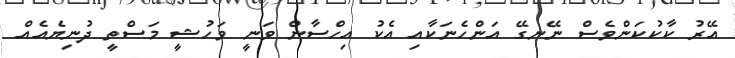
އޭރު ކާކުކަންވެސް ނޭނގޭ އަންހެނަކާއި އެކު އިހްސާން ވަނީ ވަހުޝީ މަސްތީ ދުނިޔެއެއް